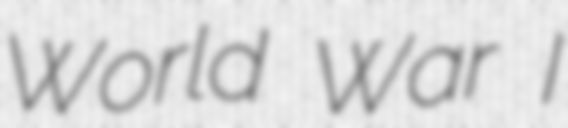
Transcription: World War I